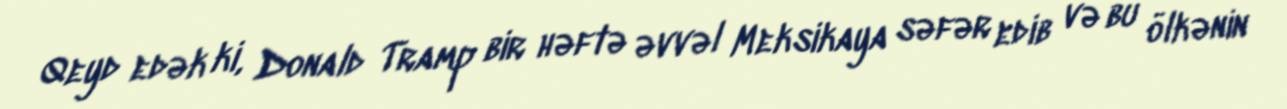
Qeyd edək ki, Donald Tramp bir həftə əvvəl Meksikaya səfər edib və bu ölkənin